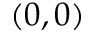
( 0 , 0 )